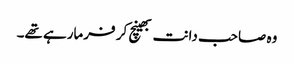
وہ صاحب دانت بھینچ کر فرمارہے تھے۔